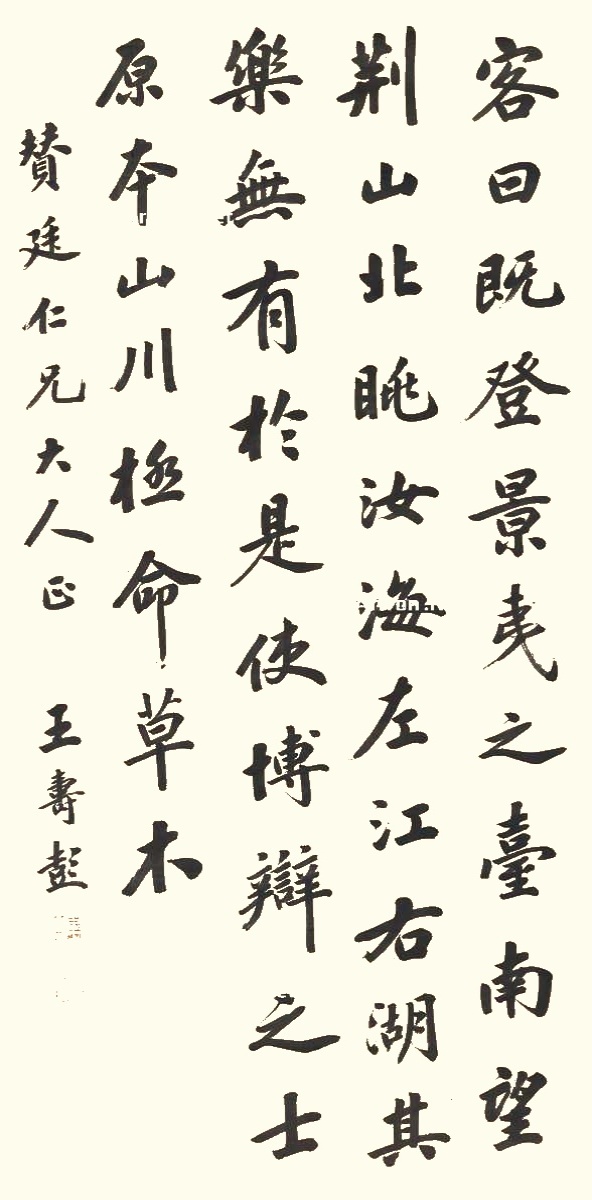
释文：客曰，既登景夷之台，南望荆山，北眺汝海，左江右湖，其乐无有。于是使博辩之士，原本山川，极命草木。赞廷仁兄大人正，王寿彭。